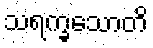
သရက္ခသောတိ